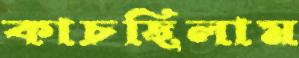
কাচছিলাম